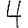
Digit: 4